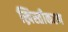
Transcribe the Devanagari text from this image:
ख्रिस्तीकरण